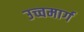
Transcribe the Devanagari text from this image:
उच्चमार्ग